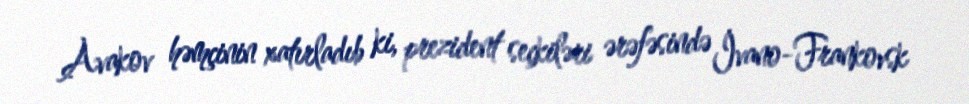
Avakov həmçinin xatırladıb ki, prezident seçkiləri ərəfəsində İvano-Frankovsk